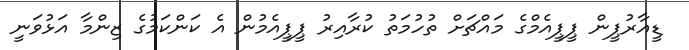
ޑީއާރުޕީން ޕީޕީއެމްގެ މައްޗަށް ތުހުމަތު ކުރާއިރު ޕީޕީއެމުން އެ ކަންކަމުގެ ޒިންމާ އަޅުވަނީ